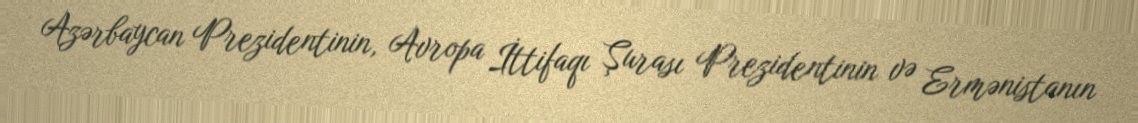
Azərbaycan Prezidentinin, Avropa İttifaqı Şurası Prezidentinin və Ermənistanın